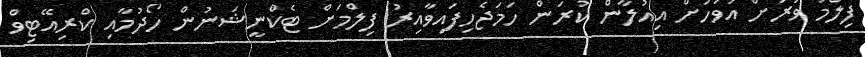
ފިލްމު ވަރަށް އަވަހަށް އިއުލާން ކުރަން ހަމަޖެހިފައިވާއިރު ފިލްމަށް ޓެކްނީޝަނުން ހޯދުމާއި ކްރިއޭޓިވް